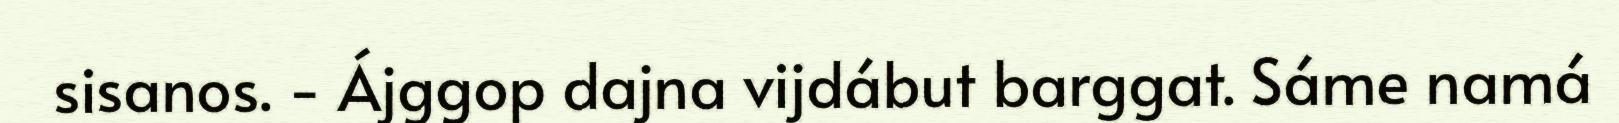
sisanos. - Ájggop dajna vijdábut barggat. Sáme namá